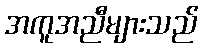
အကူအညီများသည်